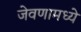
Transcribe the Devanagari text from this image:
जेवणामध्ये